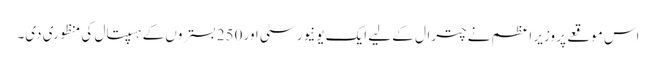
اس موقعے پر وزیر اعظم نے چترال کے لیے ایک یونیورسٹی اور 250 بستروں کے ہسپتال کی منظوری دی۔